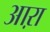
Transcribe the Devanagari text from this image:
आऱा